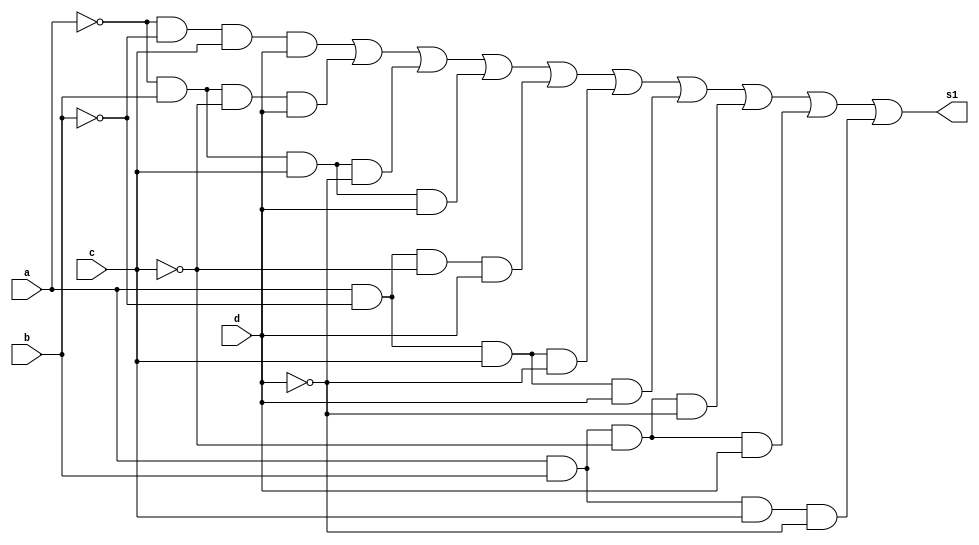
// Giselle Caroline Vieira
// Prova 01 / letra c

module s1mintermos (s1,a,b,c,d);
output s1;
input a,b,c,d;
wire t1,t2,t3,t4,t5,t,t7,t8,t9,t10;


and AND1(t1,~a,~b,c,d);
and AND2(t2,~a,b,~c,d);
and AND3 (t3, ~a,b,c,~d);
and AND4 (t4,~a,b,c,d);
and AND5 (t5,a,~b,~c,d);
and AND6 (t6,a,~b,c,~d);
and AND7 (t7,a,~b,c,d);
and AND8 (t8,a,b,~c,~d);
and AND9 (t9,a,b,~c,d);
and AND10 (t10,a,b,c,~d);

or OR1 (s1,t1,t2,t3,t4,t5,t6,t7,t8,t9,t10); 


endmodule //fim s1mintermos

module testes1;

wire s1;
reg a,b,c,d;

s1mintermos Teste (s1,a,b,c,d);

 initial begin
      $display("\na  b   c   d  s1\n");
      $monitor("%b  %b   %b   %b  %b", a, b, c, d, s1);
  
	     a=0; b=0; c=0; d=0;  
    #1  a=0; b=0; c=0; d=1;
    #1  a=0; b=0; c=1; d=0;
    #1  a=0; b=0; c=1; d=1;
    #1  a=0; b=1; c=0; d=0;
 	 #1  a=0; b=1; c=0; d=1;
    #1  a=0; b=1; c=1; d=0;
    #1  a=0; b=1; c=1; d=1;
    #1  a=1; b=0; c=0; d=0;
    #1  a=1; b=0; c=0; d=1;
    #1  a=1; b=0; c=1; d=0;
    #1  a=1; b=0; c=1; d=1;
    #1  a=1; b=1; c=0; d=0;
    #1  a=1; b=1; c=0; d=1;
    #1  a=1; b=1; c=1; d=0;
    #1  a=1; b=1; c=1; d=1;


        
    end
    endmodule